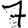
Digit: 7